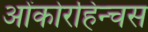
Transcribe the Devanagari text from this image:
ओंकोरहिन्चस